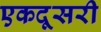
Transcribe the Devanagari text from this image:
एकदूसरी